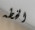
الخطه